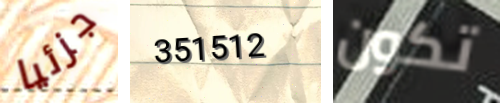
جزئيا 351512 تكون